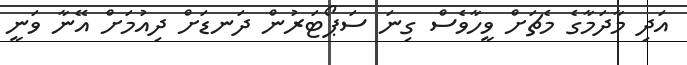
އަދި މާދަމާގެ މެޗަށް ވީހާވެސް ގިނަ ސަޕޯޓަރުން ދަނޑަށް ދިއުމަށް އޭނާ ވަނީ